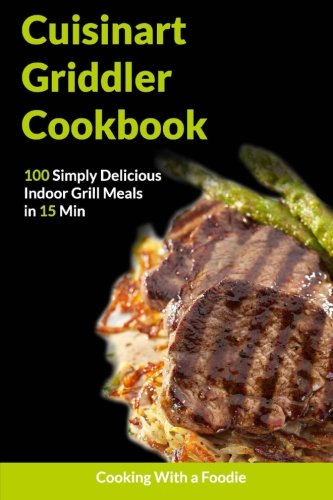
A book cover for THE CUISINART GRIDDLER COOKBOOK; Cooking With a Foodie; Cookbooks, Food & Wine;